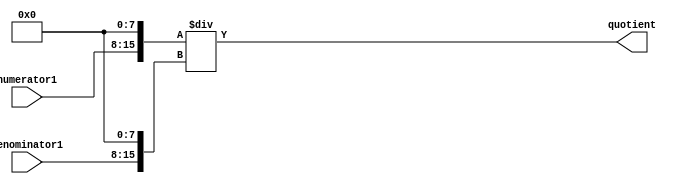
module Fractional_Divider (
    input [7:0] numerator1,
    input [7:0] denominator1,
    output reg [15:0] quotient
);

reg [15:0] numerator;
reg [15:0] denominator;
reg [15:0] remainder;

always @ (numerator1, denominator1)
begin
    numerator = numerator1 << 8; // Convert numerator to binary form
    denominator = denominator1 << 8; // Convert denominator to binary form
end

always @ (numerator, denominator)
begin
    quotient = numerator / denominator; // Perform division operation
    remainder = numerator % denominator; // Get the remainder
end

endmodule